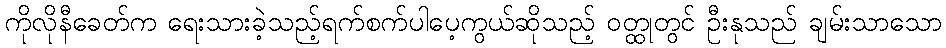
ကိုလိုနီခေတ်က ရေးသားခဲ့သည့်ရက်စက်ပါပေ့ကွယ်ဆိုသည့် ဝတ္ထုတွင် ဦးနုသည် ချမ်းသာသော